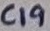
Text: C19